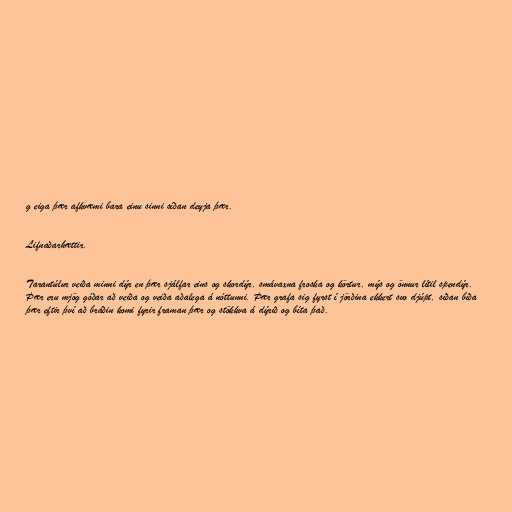
g eiga þær afkvæmi bara einu sinni síðan deyja þær.

Lifnaðarhættir.

Tarantúlur veiða minni dýr en þær sjálfar eins og skordýr, smávaxna froska og körtur, mýs og önnur lítil spendýr.
Þær eru mjög góðar að veiða og veiða aðalega á nóttunni. Þær grafa sig fyrst í jörðina ekkert svo djúpt, síðan bíða
þær eftir því að bráðin komi fyrir framan þær og stökkva á dýrið og bíta það.